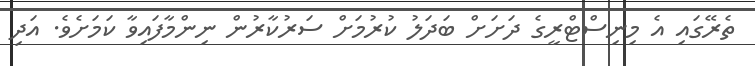
ތެރޭގައި އެ މިނިސްޓްރީގެ ދަށަށް ބަދަލު ކުރުމަށް ސަރުކާރުން ނިންމާފައިވާ ކަމަށެވެ. އަދި